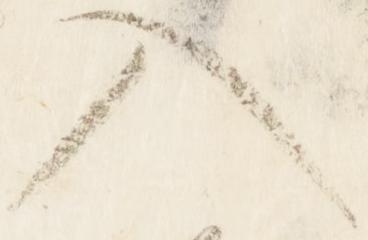
入